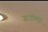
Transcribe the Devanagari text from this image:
जादॉब्पुर्